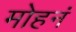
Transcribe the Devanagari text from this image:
मोहनं